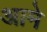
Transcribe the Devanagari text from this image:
आमे